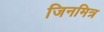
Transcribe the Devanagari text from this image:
जिनमित्र